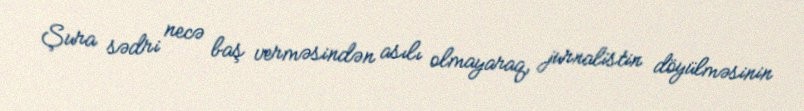
Şura sədri necə baş verməsindən asılı olmayaraq, jurnalistin döyülməsinin